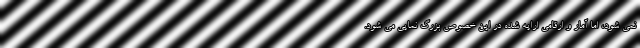
نمی شود، اما آمار و ارقامی ارایه شده در این خصوص بزرگ نمایی می شود.